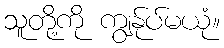
သူတို့ကို ကျွန်ုပ်မယုံ။